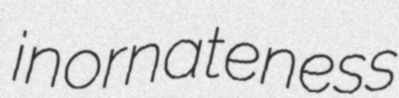
inornateness